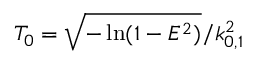
T _ { 0 } = \sqrt { - \ln ( 1 - E ^ { 2 } ) } / k _ { 0 , 1 } ^ { 2 }